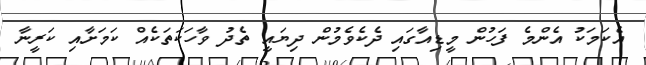
އެކަމަކު އެންމެ ފަހުން މީޑިއާގައި ދެކެވެމުން ދިޔައީ ތެދު ވާހަކަތަކެއް ކަމަށާއި ކަރީނާ